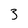
Character: 3